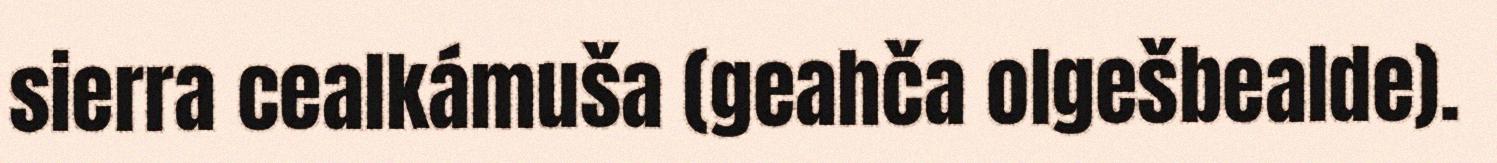
sierra cealkámuša (geahča olgešbealde).